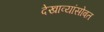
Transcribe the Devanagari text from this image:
देखाव्यांसोबत